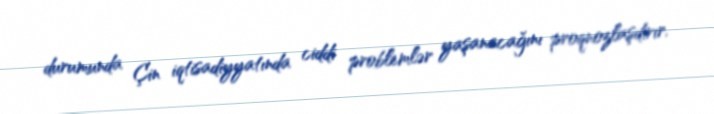
durumunda Çin iqtisadiyyatında ciddi problemlər yaşanacağını proqnozlaşdırır.